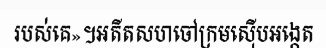
របស់គេ»។អតីតសហចៅក្រមស៊ើបអង្កេត